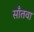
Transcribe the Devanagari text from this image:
साँतवा